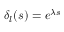
\delta _ { l } ( s ) = e ^ { \lambda s }